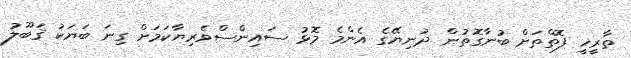
ތާރީޚީ ފޮތްތަށް ބުނާގޮތުން ދުނިޔޭގެ އެންމެ މޮޅު ސައިންސްވެރިޔާކަމަށް ގިނަ ބަޔަކު ޤަބޫލު